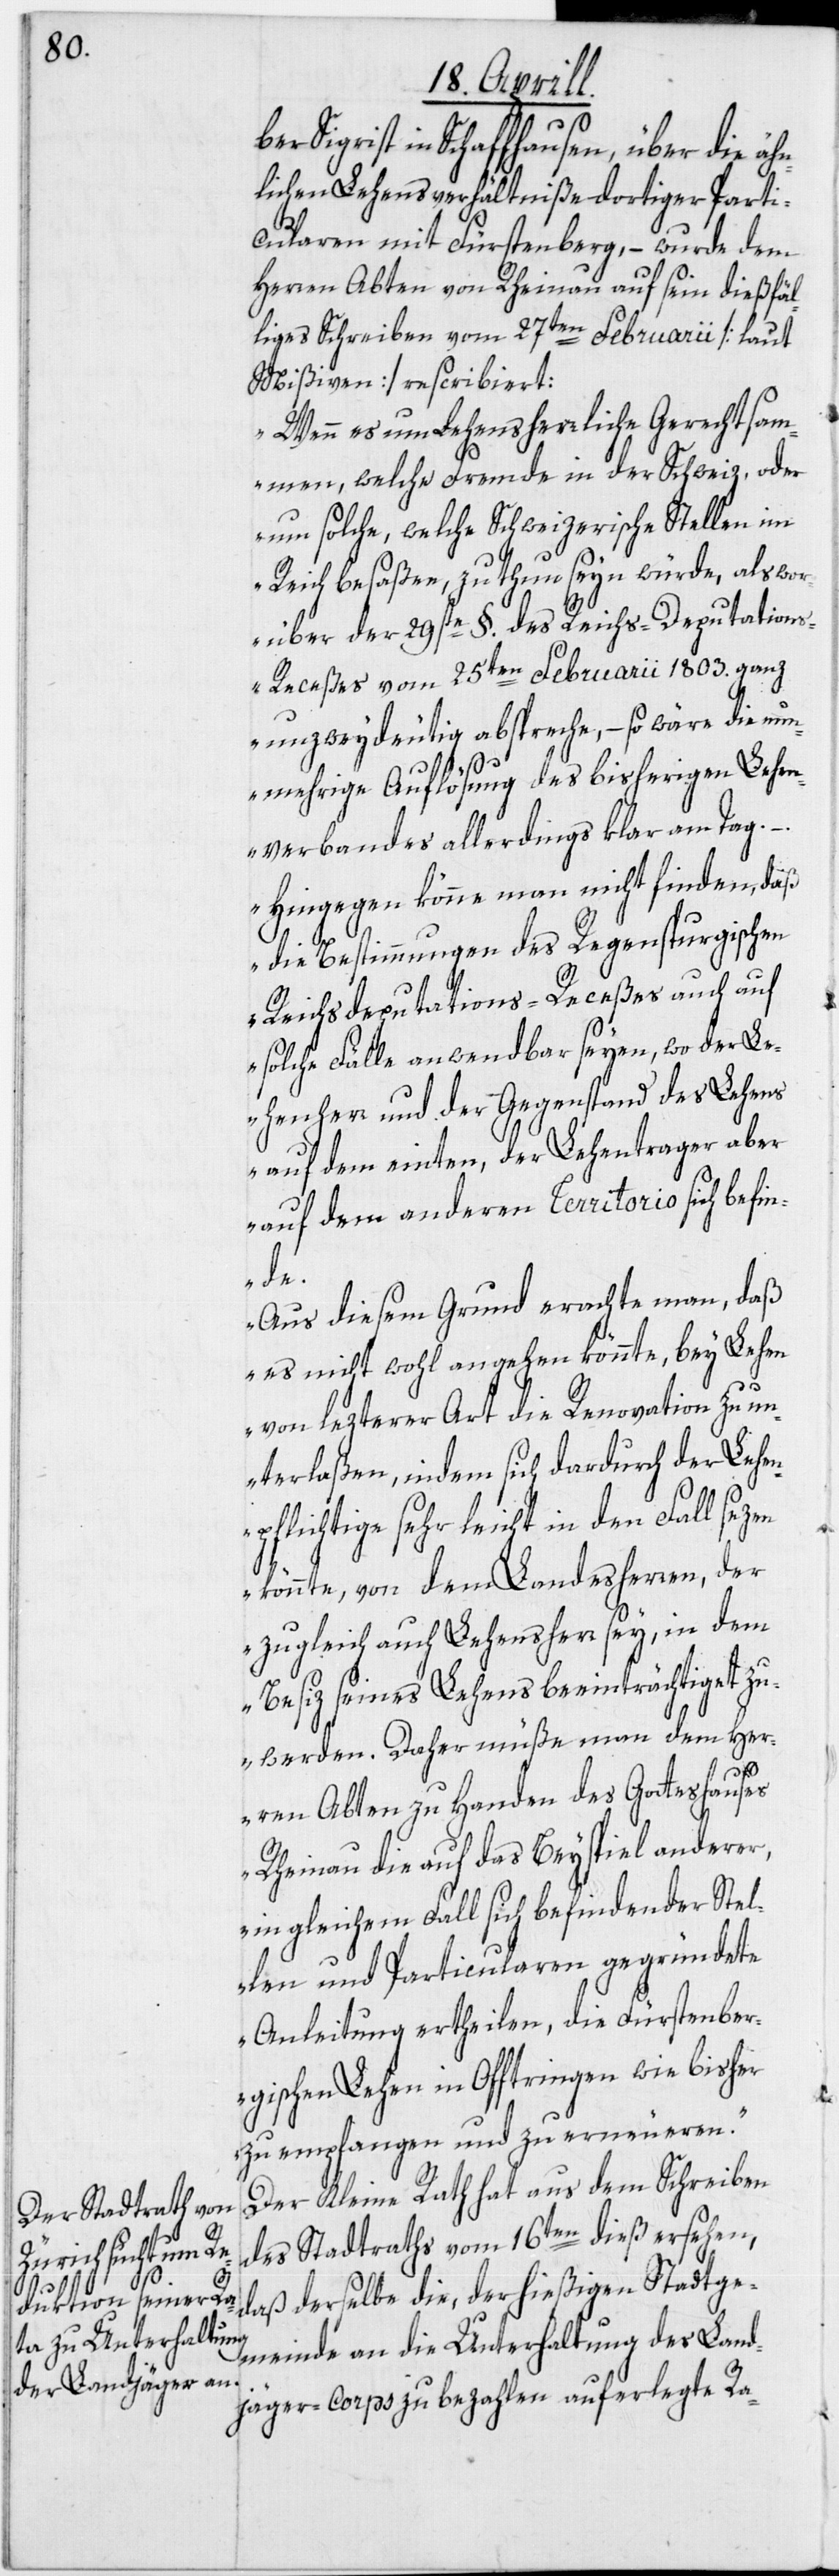
Sigrist in Schaffhausen, über die äh¬
nlichen Lehensverhältniße dortiger Parti¬
cularen mit Fürstenberg, – wurde dem
Herren Abten von Rheinau auf sein dießfäl¬
liges Schreiben vom 27ten Februarii [laut
Mißiven] rescribiert:
„Wenn es um Lehensherrliche Gerechtsam¬
men, welche Fremde in der Schweiz, oder
um solche, welche Schweizerische Stellen im
Reich besaßen, zu thun seyn würde, als wor¬
über der 29ste §. des Reichs-Deputation¬
s-Receßes vom 25ten Februarii 1803. ganz
unzweydeutig abspreche, – so wäre die nun¬
mehrige Auflösung des bisherigen Lehen¬
verbandes allerdings klar am Tag.
– Hingegen könne man nicht finden, daß
die Bestimmungen des Regenspurgischen
Reichsdeputations-Receßes auch auf
solche Fälle anwendbar seyen, wo der Le¬
henherr und der Gegenstand des Lehens
auf dem einten, der Lehentrager aber
auf dem anderen Territorio sich befin¬
de.
Aus diesem Grund erachte man, daß
es nicht wohl angehen könnte, bey Lehen
von lezterer Art die Renovation zu un¬
terlaßen, indem sich dardurch der Lehen¬
pflichtige sehr leicht in den Fall sezen
könnte, von dem Landesherren, der
zugleich auch Lehensherr sey, in dem
Besiz seines Lehens beeinträchtiget zu
werden. Daher müße man dem Her¬
ren Abten zu Handen des Gotteshauses
Rheinau die auf das Beyspiel anderer,
in gleichem Fall sich befindender Stel¬
len und Particularen gegründete
Anleitung ertheilen, die Fürstenber¬
gischen Lehen in Offtringen wie bisher
zu empfangen und zu erneueren.“
Der Kleine Rath hat aus dem Schreiben
des Stadtraths vom 16ten dieß ersehen,
daß derselbe die, der hießigen Stadtge¬
meinde an die Unterhaltung des Land¬
jäger-Corps zu bezahlen auferlegte Ra-